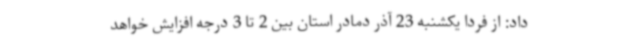
داد: از فردا یکشنبه 23 آذر دمادر استان بین 2 تا 3 درجه افزایش خواهد